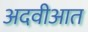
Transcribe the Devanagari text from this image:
अदवीआत